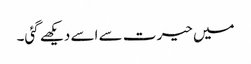
میں حیرت سے اسے دیکھے گئی۔